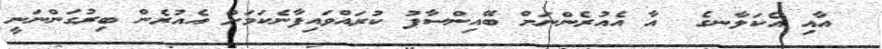
އާއި އެކަލާާނގެ  އާ އެއުރެންނަށް ބޭއިންސާފު ކުރައްވައިފާނެކަމަށް އެއުރެން ބިރުގަންނަނީ